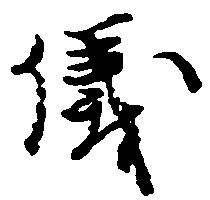
儀